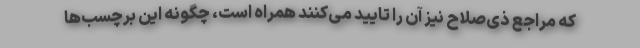
که مراجع ذی‌صلاح نیز آن را تایید می‌کنند همراه است، چگونه این برچسب‌ها